Civil Veterinary Dept. Bombay admin report 1932-41 - 1932-1941
Year: 1932
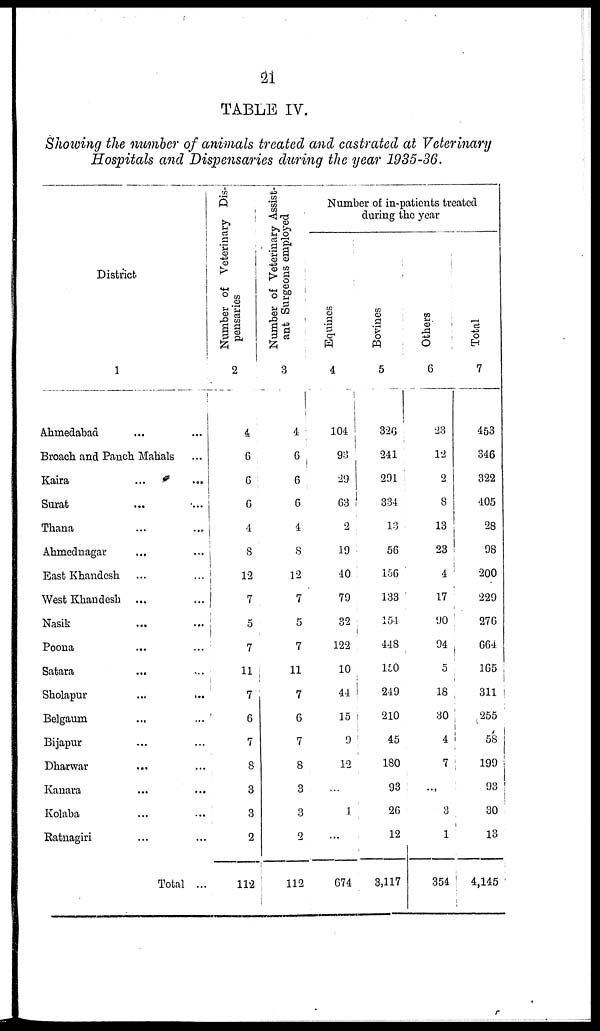
21
TABLE IV.
Showing the number of animals treated and castrated at Veterinary
Hospitals and Dispensaries during the year 1935-36.
District
1
Ahmedabad ... ...
Broach and Panch Mahals ...
Kaira ... ...
Surat ... ...
Thana ... ...
Ahmednagar ... ...
East Khandesh ... ...
West Khandesh ... ...
Nasik
... ...
Poona ... ...
Satara ... ...
Sholapur ... ...
Belgaum ... ...
Bijapur ... ...
Dharwar
... ...
Kanara
...
...
Kolaba ... ...
Ratnagiri ... ...
Total ...
Number of Veterinary Dis-
pensaries
2
4
6
6
6
4
8
12
7
5
7
11
7
6
7
8
3
3
2
112
Number of Veterinary Assist-
ant Surgeons employed
3
4
6
6
6
4
8
12
7
5
7
11
7
6
7
8
3
3
2
112
Number of in-patients treated
during the year
Equines
4
104
93
29
63
2
19
40
79
32
122
10
44
15
9
12
...
1
...
674
Bovines
5
326
241
291
334
13
56
156
133
154
448
150
249
210
45
180
93
26
12
3,117
Others
6
23
12
2
8
13
23
4
17
90
94
5
18
30
4
7
...
3
1
354
Total
7
453
346
322
405
28
98
200
229
276
664
165
311
255
58
199
93
30
13
4,145